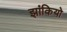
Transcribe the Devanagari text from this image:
झांकियो